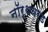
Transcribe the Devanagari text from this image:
नॉर्थवर्ड